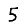
Digit: 5